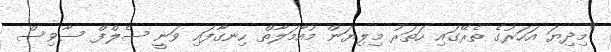
"މިދިޔަ އަހަރުގެ ތެރޭގައި ހަތަރު މިލިޔަން މުއާމަލާތް ހިނގާފައި ވަނީ ސެލްފް ސާވިސް